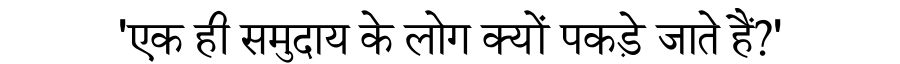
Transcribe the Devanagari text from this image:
'एक ही समुदाय के लोग क्यों पकड़े जाते हैं?'